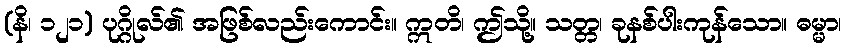
(နိ၊ ၁၂၁) ပုဂ္ဂိုလ်၏ အဖြစ်လည်းကောင်း။ ဣတိ၊ ဤသို့။ သတ္တ၊ ခုနစ်ပါးကုန်သော။ ဓမ္မာ၊